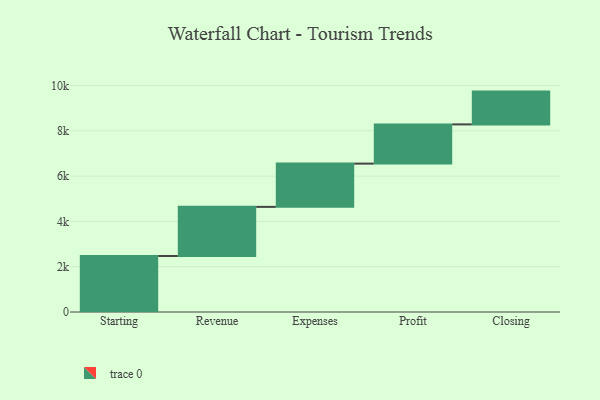
{"axis": {"x": "Step", "y": "Value"}, "legend": [""], "data": [{"x": "Starting", "y": 2473.0, "type": ""}, {"x": "Revenue", "y": 2169.0, "type": ""}, {"x": "Expenses", "y": 1910.0, "type": ""}, {"x": "Profit", "y": 1732.0, "type": ""}, {"x": "Closing", "y": 1448.0, "type": ""}]}